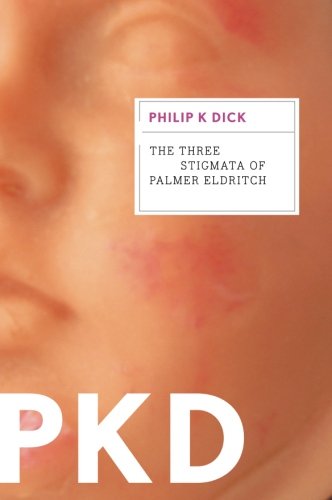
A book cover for The Three Stigmata of Palmer Eldritch; Philip K. Dick; Science Fiction & Fantasy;